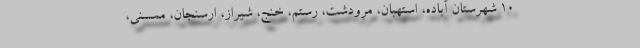
۱۰ شهرستان آباده، استهبان، مرودشت، رستم، خنج، شیراز، ارسنجان، ممسنی،